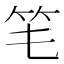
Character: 𥫬